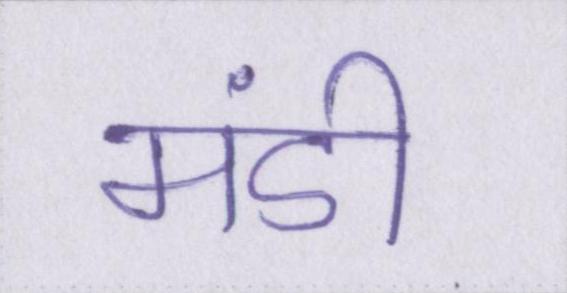
मंडी